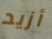
أزيد